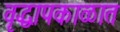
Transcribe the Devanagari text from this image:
वृद्धापकाळात